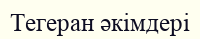
Тегеран әкімдері